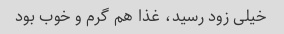
خیلی زود رسید، غذا هم گرم و خوب بود